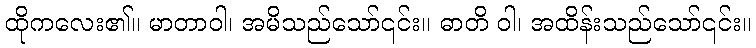
ထိုကလေး၏။ မာတာဝါ၊ အမိသည်သော်၎င်း။ ဓာတိ ဝါ၊ အထိန်းသည်သော်၎င်း။